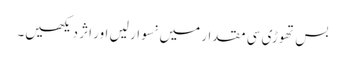
بس تھوڑی سی مقدار میں نسوار لیں اور اثر دیکھیں۔